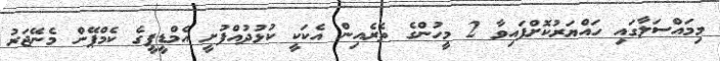
މިމައްސަލާގައި ހައްޔަރުކޮށްފައިވާ 2 މީހުންގެ ތެރެއިން އެކަކީ ކުޅުދުއްފުށީ އެމްޑީޕީގެ ކެމްޕޭން މެނޭޖަރު